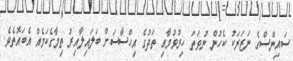
ސައިންސްގެ ނަޒަރަކު ކެހުން ނުވަތަ ހިރުވުމާއި ތަދުގެ އިހްސާސަށް ބަލައިލާއިރު ތިމާގެކަމެއް އެބައޮތެވެ.